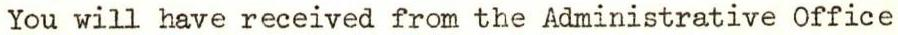
You will have received from the Administrative Office